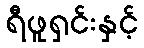
ရီဖူရှင်းနှင့်